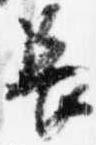
長